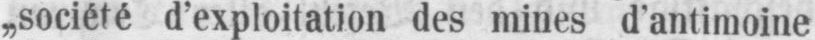
„société d’exploitation des mines d’antimoine